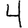
Digit: 4